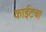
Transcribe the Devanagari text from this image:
काईटचा